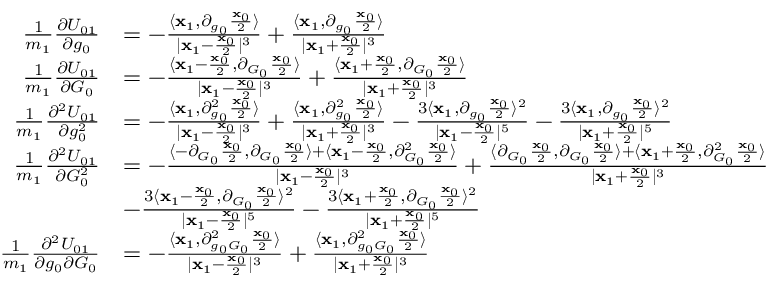
\begin{array} { r l } { \frac { 1 } { m _ { 1 } } \frac { \partial U _ { 0 1 } } { \partial g _ { 0 } } } & { = - \frac { \langle \mathbf { x } _ { 1 } , \partial _ { g _ { 0 } } \frac { \mathbf { x } _ { 0 } } { 2 } \rangle } { | \mathbf { x } _ { 1 } - \frac { \mathbf { x } _ { 0 } } { 2 } | ^ { 3 } } + \frac { \langle \mathbf { x } _ { 1 } , \partial _ { g _ { 0 } } \frac { \mathbf { x } _ { 0 } } { 2 } \rangle } { | \mathbf { x } _ { 1 } + \frac { \mathbf { x } _ { 0 } } { 2 } | ^ { 3 } } } \\ { \frac { 1 } { m _ { 1 } } \frac { \partial U _ { 0 1 } } { \partial G _ { 0 } } } & { = - \frac { \langle \mathbf { x } _ { 1 } - \frac { \mathbf { x } _ { 0 } } { 2 } , \partial _ { G _ { 0 } } \frac { \mathbf { x } _ { 0 } } { 2 } \rangle } { | \mathbf { x } _ { 1 } - \frac { \mathbf { x } _ { 0 } } { 2 } | ^ { 3 } } + \frac { \langle \mathbf { x } _ { 1 } + \frac { \mathbf { x } _ { 0 } } { 2 } , \partial _ { G _ { 0 } } \frac { \mathbf { x } _ { 0 } } { 2 } \rangle } { | \mathbf { x } _ { 1 } + \frac { \mathbf { x } _ { 0 } } { 2 } | ^ { 3 } } } \\ { \frac { 1 } { m _ { 1 } } \frac { \partial ^ { 2 } U _ { 0 1 } } { \partial g _ { 0 } ^ { 2 } } } & { = - \frac { \langle \mathbf { x } _ { 1 } , \partial _ { g _ { 0 } } ^ { 2 } \frac { \mathbf { x } _ { 0 } } { 2 } \rangle } { | \mathbf { x } _ { 1 } - \frac { \mathbf { x } _ { 0 } } { 2 } | ^ { 3 } } + \frac { \langle \mathbf { x } _ { 1 } , \partial _ { g _ { 0 } } ^ { 2 } \frac { \mathbf { x } _ { 0 } } { 2 } \rangle } { | \mathbf { x } _ { 1 } + \frac { \mathbf { x } _ { 0 } } { 2 } | ^ { 3 } } - \frac { 3 \langle \mathbf { x } _ { 1 } , \partial _ { g _ { 0 } } \frac { \mathbf { x } _ { 0 } } { 2 } \rangle ^ { 2 } } { | \mathbf { x } _ { 1 } - \frac { \mathbf { x } _ { 0 } } { 2 } | ^ { 5 } } - \frac { 3 \langle \mathbf { x } _ { 1 } , \partial _ { g _ { 0 } } \frac { \mathbf { x } _ { 0 } } { 2 } \rangle ^ { 2 } } { | \mathbf { x } _ { 1 } + \frac { \mathbf { x } _ { 0 } } { 2 } | ^ { 5 } } } \\ { \frac { 1 } { m _ { 1 } } \frac { \partial ^ { 2 } U _ { 0 1 } } { \partial G _ { 0 } ^ { 2 } } } & { = - \frac { \langle - \partial _ { G _ { 0 } } \frac { \mathbf { x } _ { 0 } } { 2 } , \partial _ { G _ { 0 } } \frac { \mathbf { x } _ { 0 } } { 2 } \rangle + \langle \mathbf { x } _ { 1 } - \frac { \mathbf { x } _ { 0 } } { 2 } , \partial _ { G _ { 0 } } ^ { 2 } \frac { \mathbf { x } _ { 0 } } { 2 } \rangle } { | \mathbf { x } _ { 1 } - \frac { \mathbf { x } _ { 0 } } { 2 } | ^ { 3 } } + \frac { \langle \partial _ { G _ { 0 } } \frac { \mathbf { x } _ { 0 } } { 2 } , \partial _ { G _ { 0 } } \frac { \mathbf { x } _ { 0 } } { 2 } \rangle + \langle \mathbf { x } _ { 1 } + \frac { \mathbf { x } _ { 0 } } { 2 } , \partial _ { G _ { 0 } } ^ { 2 } \frac { \mathbf { x } _ { 0 } } { 2 } \rangle } { | \mathbf { x } _ { 1 } + \frac { \mathbf { x } _ { 0 } } { 2 } | ^ { 3 } } } \\ & { - \frac { 3 \langle \mathbf { x } _ { 1 } - \frac { \mathbf { x } _ { 0 } } { 2 } , \partial _ { G _ { 0 } } \frac { \mathbf { x } _ { 0 } } { 2 } \rangle ^ { 2 } } { | \mathbf { x } _ { 1 } - \frac { \mathbf { x } _ { 0 } } { 2 } | ^ { 5 } } - \frac { 3 \langle \mathbf { x } _ { 1 } + \frac { \mathbf { x } _ { 0 } } { 2 } , \partial _ { G _ { 0 } } \frac { \mathbf { x } _ { 0 } } { 2 } \rangle ^ { 2 } } { | \mathbf { x } _ { 1 } + \frac { \mathbf { x } _ { 0 } } { 2 } | ^ { 5 } } } \\ { \frac { 1 } { m _ { 1 } } \frac { \partial ^ { 2 } U _ { 0 1 } } { \partial g _ { 0 } \partial G _ { 0 } } } & { = - \frac { \langle \mathbf { x } _ { 1 } , \partial _ { g _ { 0 } G _ { 0 } } ^ { 2 } \frac { \mathbf { x } _ { 0 } } { 2 } \rangle } { | \mathbf { x } _ { 1 } - \frac { \mathbf { x } _ { 0 } } { 2 } | ^ { 3 } } + \frac { \langle \mathbf { x } _ { 1 } , \partial _ { g _ { 0 } G _ { 0 } } ^ { 2 } \frac { \mathbf { x } _ { 0 } } { 2 } \rangle } { | \mathbf { x } _ { 1 } + \frac { \mathbf { x } _ { 0 } } { 2 } | ^ { 3 } } } \end{array}